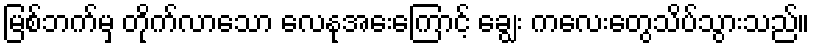
မြစ်ဘက်မှ တိုက်လာသော လေနုအေးကြောင့် ချွေး ကလေးတွေသိပ်သွားသည်။